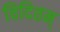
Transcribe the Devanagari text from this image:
विदितम्